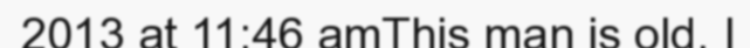
2013 at 11:46 amThis man is old. I